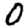
Digit: 0